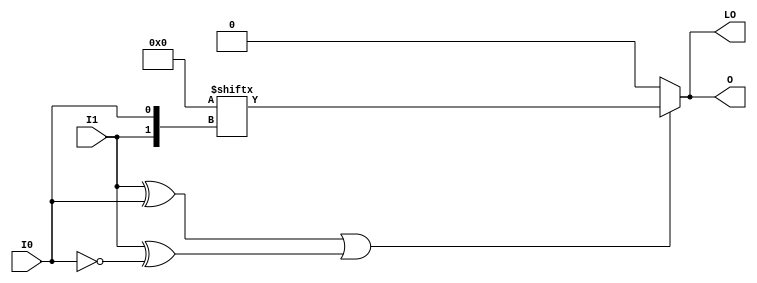
module LUT2_D (LO, O, I0, I1);

    parameter INIT = 4'h0;

    input I0, I1;

    output LO, O;

    reg  O;
    wire LO;
    wire [1:0] s;

    assign s = {I1, I0};
    assign LO = O;

    always @(s)
       if ((s[1]^s[0] ==1) || (s[1]^s[0] ==0))
           O = INIT[s];
         else if ((INIT[0] == INIT[1]) && (INIT[2] == INIT[3]) && (INIT[0] == INIT[2])) 
           O = INIT[0];
         else if ((s[1] == 0) && (INIT[0] == INIT[1]))
           O = INIT[0];
         else if ((s[1] == 1) && (INIT[2] == INIT[3])) 
           O = INIT[2];
         else if ((s[0] == 0) && (INIT[0] == INIT[2])) 
           O = INIT[0];
         else if ((s[0] == 1) && (INIT[1] == INIT[3]))
           O = INIT[1];
         else
           O = 1'bx;
endmodule